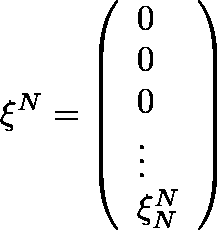
{ { \mathbf { \xi } } ^ { N } } = \left( \begin{array} { l } { 0 } \\ { 0 } \\ { 0 } \\ { \vdots } \\ { \xi _ { N } ^ { N } } \end{array} \right)